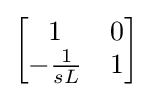
{\begin{bmatrix}1&0\\-{\frac {1}{sL}}&1\end{bmatrix}}